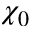
\chi _ { 0 }